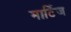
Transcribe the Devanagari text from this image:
मार्टिज